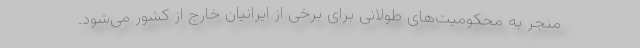
منجر به محکومیت‌های طولانی برای برخی از ایرانیان خارج از کشور می‌شود.